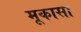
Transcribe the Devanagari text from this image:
मूकासा